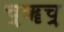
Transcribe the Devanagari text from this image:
च्र्ॠच्र्